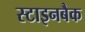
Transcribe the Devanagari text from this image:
स्टाइनबैक